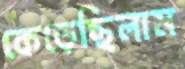
কেড়েছিলাম